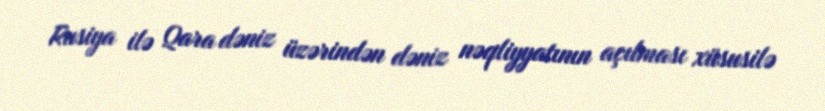
Rusiya ilə Qara dəniz üzərindən dəniz nəqliyyatının açılması xüsusilə